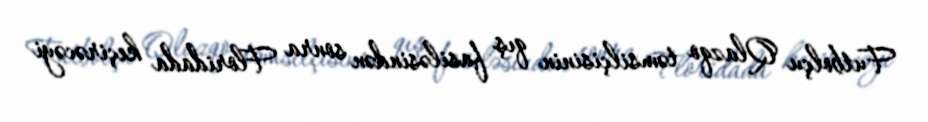
Futbolçu Qlazqo təmsilçisinin qış fasiləsindən sonra Floridada keçirəcəyi